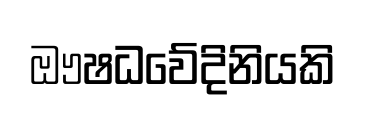
ඖෂධවේදිනියකි